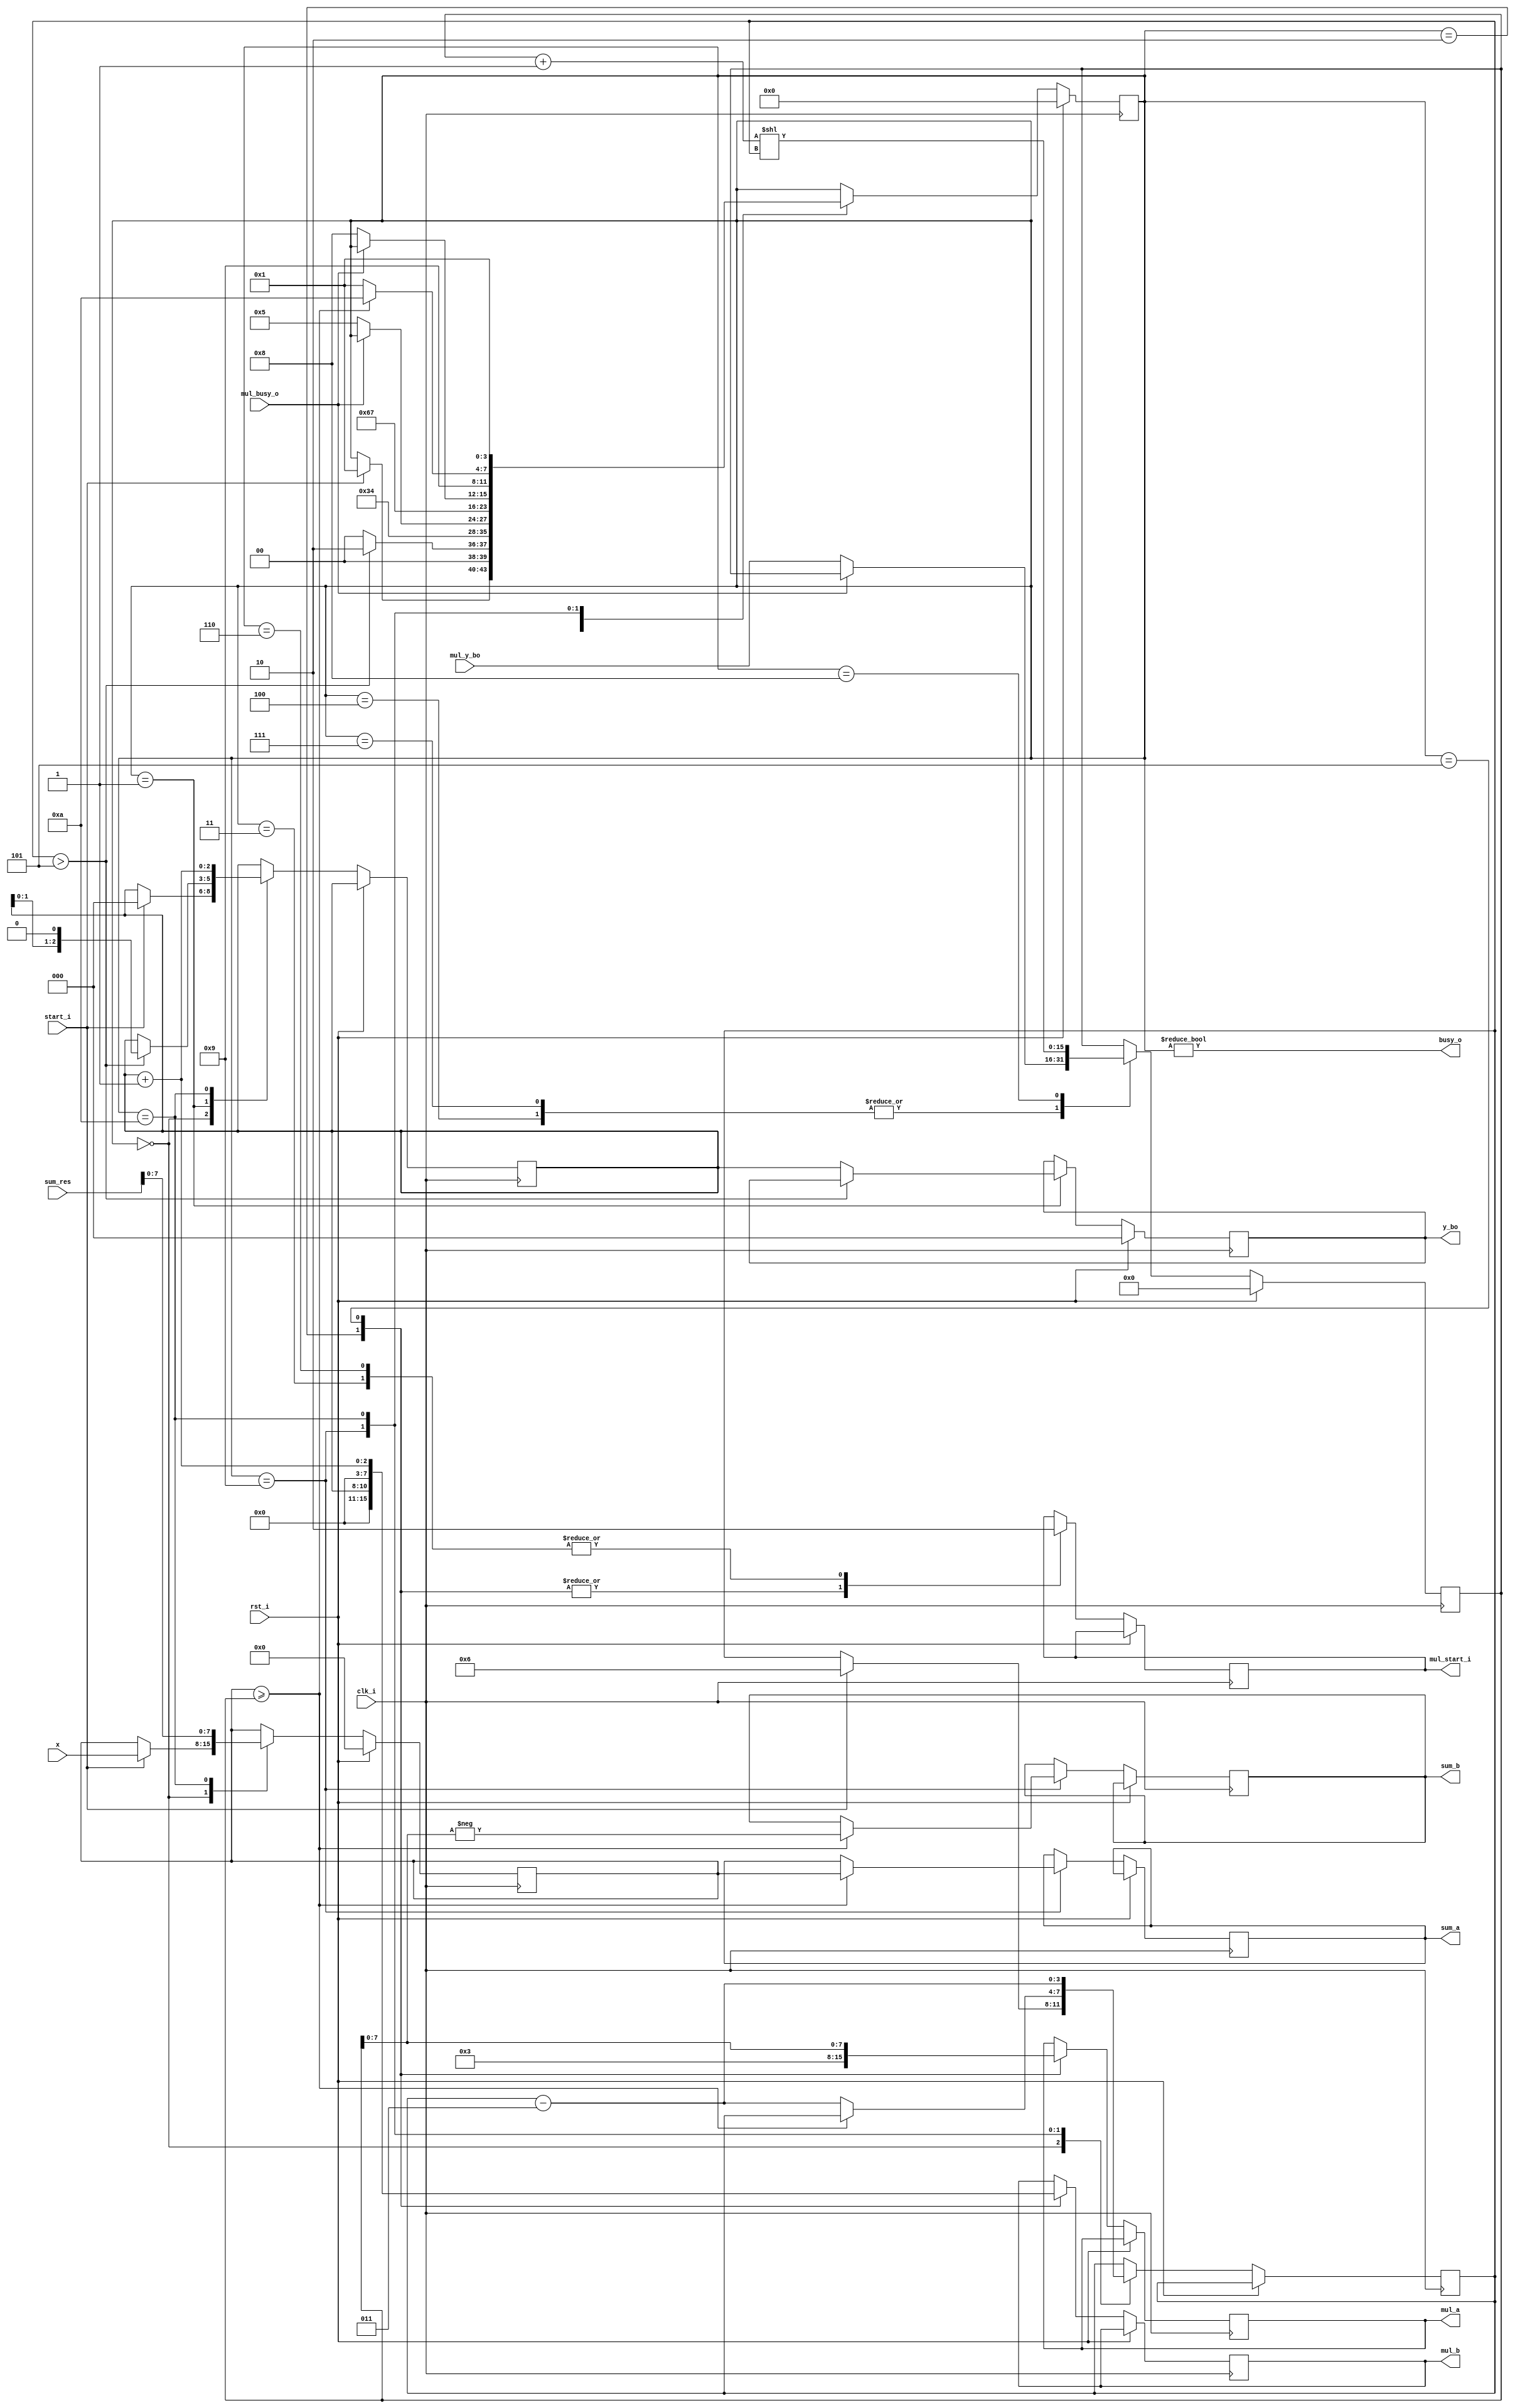
`timescale 1ns / 1ps


module cbrt(
    input clk_i,
    input rst_i,

    input [7:0] x,
    input start_i,
    
    output reg [7:0] sum_a,
    output reg [7:0] sum_b,
    input  [8:0] sum_res,
    
    output reg [7:0] mul_a,
    output reg [7:0] mul_b,
    output reg mul_start_i,
    input mul_busy_o,
    input[15:0] mul_y_bo,
    
    output busy_o,
    output reg[2:0] y_bo
    );
    
    localparam IDLE = 4'b0000;
    localparam ST_1 = 4'b0001;
    localparam ST_2 = 4'b0010;
    localparam ST_3 = 4'b0011;
    localparam ST_4 = 4'b0100;
    localparam ST_5 = 4'b0101;
    localparam ST_6 = 4'b0110;
    localparam ST_7 = 4'b0111;
    localparam ST_8 = 4'b1000;
    localparam ST_9 = 4'b1001;
    localparam ST_A = 4'b1010;
    
    reg [15:0] b;
    reg  [7:0] x_bi;
    reg signed [3:0] s;
    reg  [2:0] y;
    wire [2:0] shifted_y;
    wire [2:0] incremented_y;
    reg  [3:0] state;
    
    assign shifted_y = y << 1;
    assign incremented_y = y + 1;
    assign busy_o = (state != IDLE);
    
    always @(posedge clk_i) begin
        if(rst_i) begin
            b     <= 0;
            x_bi     <= 0;
            state <= IDLE;
            y_bo  <= 0;
         end else begin
            case(state)
                IDLE:
                    if(start_i) begin
                        state <= ST_1;
                        x_bi     <= x;
                        y     <= 0;
                        s     <= 6;
                    end
                    
                ST_1:
                    if(s > -3) begin
                        y     <= shifted_y;
                        state <= ST_2;
                    end else begin
                        y_bo  <= y;
                        state <= IDLE;
                    end
                    
                ST_2: begin
                    mul_a <= 3;
                    mul_b <= y;
                    mul_start_i <= 1;
                    state <= ST_3;
                    end
                    
                ST_3: begin
                    mul_start_i <= 0;
                    state <= ST_4;
                    end
                    
                ST_4:
                    if(!mul_busy_o) begin
                        b <= mul_y_bo;
                        state <= ST_5;
                    end  
                 
                ST_5: begin
                mul_a <= b;
                mul_b <= incremented_y;
                mul_start_i <= 1;
                state <= ST_6;
                end
                
                ST_6: begin
                    mul_start_i <= 0;
                    state <= ST_7;
                    end
                   
                ST_7:
                    if(!mul_busy_o) begin
                        b <= mul_y_bo;
                        state <= ST_8;
                    end
                    
                ST_8: begin
                    b <= (b + 1) << s;
                    state <= ST_9;
                    end
                    
                ST_9: begin
                    if(x_bi >= b) begin
                        sum_a <= x_bi;
                        sum_b <= -b;
                        state <= ST_A;
                    end
                    else begin
                        s <= (s - 3);
                        state <= ST_1;
                    end
                    end
                ST_A: begin
                    x_bi  <= sum_res;
                    y     <= incremented_y;
                    s     <= (s - 3);
                    state <= ST_1;
                end
            endcase        
         end  
    end              
endmodule